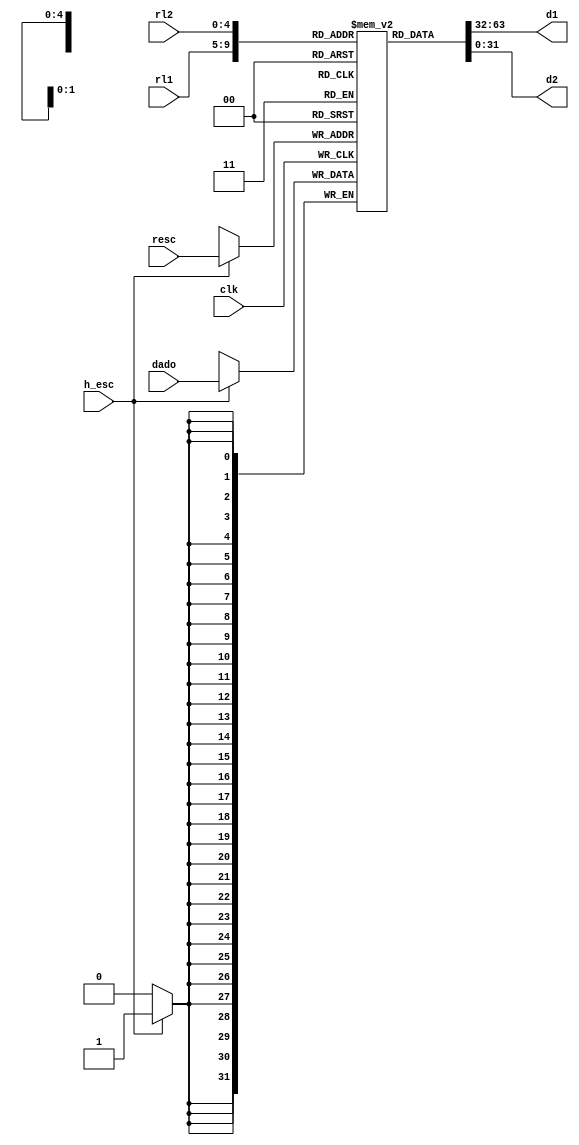
module banco_de_registradores(clk,rl1, rl2, resc, dado, h_esc, d1, d2);
	input clk;
	input [31:0] dado; // dado a ser escrito
	input [4:0] rl1, rl2, resc; //endereco dos regs 
	input h_esc;
	output [31:0] d1,d2;
	
	reg [31:0] x[31:0]; // 32 reg's de 32 bits
        // x[0:25] de propsito geral (GPRs)
		  // x[26] $zero
		  // x[27] $aux
		  // x[28] rv - return value 
        // x[29] fp - frame pointer1
        // x[30] sp - stack pointer
        // x[31] ra - return address


	always @(posedge(clk)) begin
		if (h_esc == 1)	x[resc] = dado; //escrita

	end
	//leituras
	assign d1 = x[rl1];
	assign d2 = x[rl2];

endmodule